Annual returns of the Patna Lunatic Asylum at Bankipore in Bihar and Orissa - 1912-1924
Year: 1912
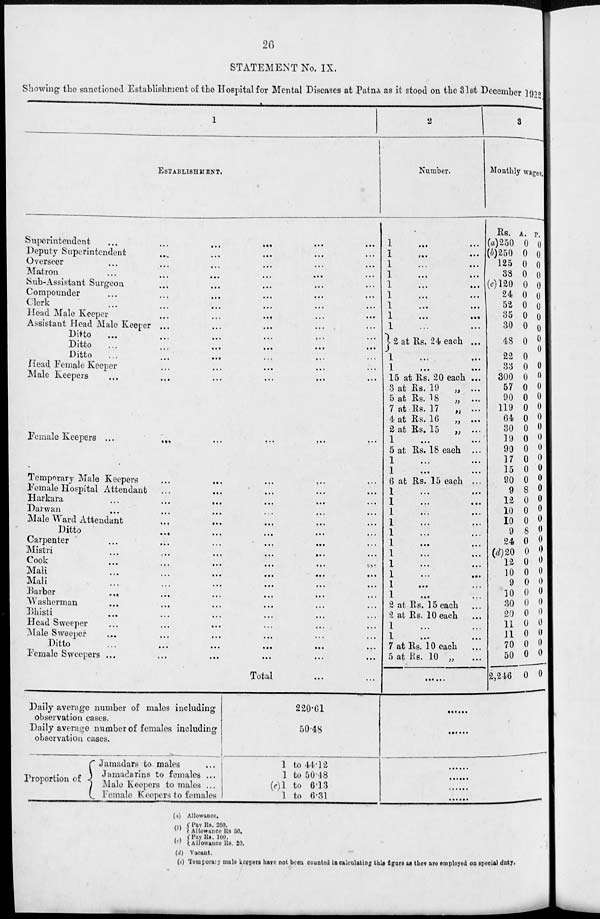
26
STATEMENT No. IX.
Showing the sanctioned Establishment of the Hospital for Mental Diseases at Patna as it stood on the 31st December 1922.
1
ESTABLISHMENT.
Superintendent ... ... ... ... ... ...
Deputy Superintendent ... ... ... ... ...
Overseer ... ... ... ... ... ...
Matron
...
...
...
...
...
...
Sub-Assistant Surgeon ... ... ... ... ...
Compounder ... ... ... ... ... ...
Clerk ... ... ... ... ... ...
Head Male Keeper ... ... ... ... ...
Assistant Head Male Keeper ... ... ... ... ... ...
Ditto ... ... ... ... ... ...
Ditto ... ... ... ... ... ...
Ditto ... ... ... ... ... ...
Head Female Keeper ... ... ... ... ...
Male Keepers ... ... ... ... ... ...
Female Keepers ...
...
...
...
...
Temporary Male Keepers
...
...
...
...
Female Hospital Attendant
Harkara
...
...
...
...
...
...
Darwan ... ... ... ... ... ...
Male Ward Attendant ... ...
Ditto ... ... ... ... ...
Carpenter ... ... ... ... ...
Mistri ... ... ... ... ...
Cook ... ... ... ... ...
Mali ... ... ... ... ...
Mali ... ... ... ... ...
Barber ... ... ... ... ...
Washerman ... ... ... ... ...
Bhisti ... ... ... ... ...
Head Sweeper ... ... ... ... ...
Male Sweeper ... ... ... ... ...
Ditto ... ... ... ... ...
Female Sweepers ... ... ... ... ... ...
Total ...
Daily average number of males including
observation cases.
Daily average number of females including
observation cases.
Proportion of
Jamadars to males ...
Jamadarins to females ...
Male Keepers to males ...
Female Keepers to females
220.61
50.48
1 to 44.12
1 to 50.48
(e)1 to 6.13
1 to 6.31
2
Number.
1
...
...
1
...
...
1 ... ...
1
...
...
1
...
...
1
...
...
1
...
...
1
...
...
1 ... ...
2 at Rs. 24
each
...
1 ... ...
1
...
...
15 at Rs. 20 each ...
3 at Rs. 19
„ ...
5 at Rs. 18
„ ...
7 at Rs. 17
„ ...
4 at Rs. 16
„ ...
2 at Rs. 15
„ ...
1
...
...
5 at Rs. 18 each ...
1 ... ...
1
...
...
6 at Rs. 15 each ...
1
...
...
1
...
...
1 ... ...
1 ... ...
1 ... ...
1
...
...
1
...
...
1 ... ...
1
...
...
1 ... ...
1
...
...
2 at Rs. 15 each ...
2 at Rs. 10 each ...
1 ... ...
1
...
...
7 at Rs. 10 each ...
5 at Rs. 10 „ ...
......
3
Monthly wages.
Rs.
(a) 250
(b)250
125
38
(c)120
24
52
35
30
48
22
33
300
57
90
119
64
30
19
90
17
15
90
9
12
10
10
9
24
(d)20
12
10
9
10
30
20
11
11
70
50
2,246
A.
0
0
0
0
0
0
0
0
0
0
0
0
0
0
0
0
0
0
0
0
0
0
0
8
0
0
0
8
0
0
0
0
0
0
0
0
0
0
0
0
0
P.
0
0
0
0
0
0
0
0
0
0
0
0
0
0
0
0
0
0
0
0
0
0
0
0
0
0
0
0
0
0
0
0
0
0
0
0
0
0
0
0
0
......
......
......
......
......
(a)
(b)
(c)
(d)
(e)
Allowance.
Pay Rs. 200.
Allowance Rs. 50.
Pay Rs. 100.
Allowance Rs. 20.
Vacant.
Temporary male keepers have not been counted in calculating this figure as they are employed on special duty,